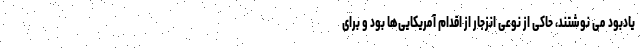
یادبود می نوشتند، حاکی از نوعی انزجار از اقدام آمریکایی‌ها بود و برای